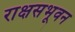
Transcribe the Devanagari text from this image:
राक्षसभूवन